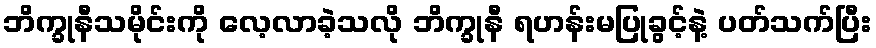
ဘိက္ခုနီသမိုင်းကို လေ့လာခဲ့သလို ဘိက္ခုနီ ရဟန်းမပြုခွင့်နဲ့ ပတ်သက်ပြီး